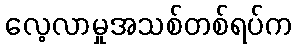
လေ့လာမှုအသစ်တစ်ရပ်က